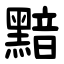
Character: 黯